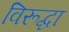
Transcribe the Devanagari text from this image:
विरूद्धा